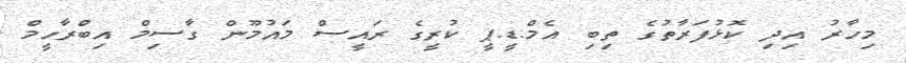
މިހާރު އިދި ކޮޅުފަރާތުގެ ތިބި އެމް.ޑީ.ޕީ ކުރީގެ ރައީސް މައުމޫން ގާސިމް އިބްރާހީމް